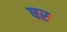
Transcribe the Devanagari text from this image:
षर